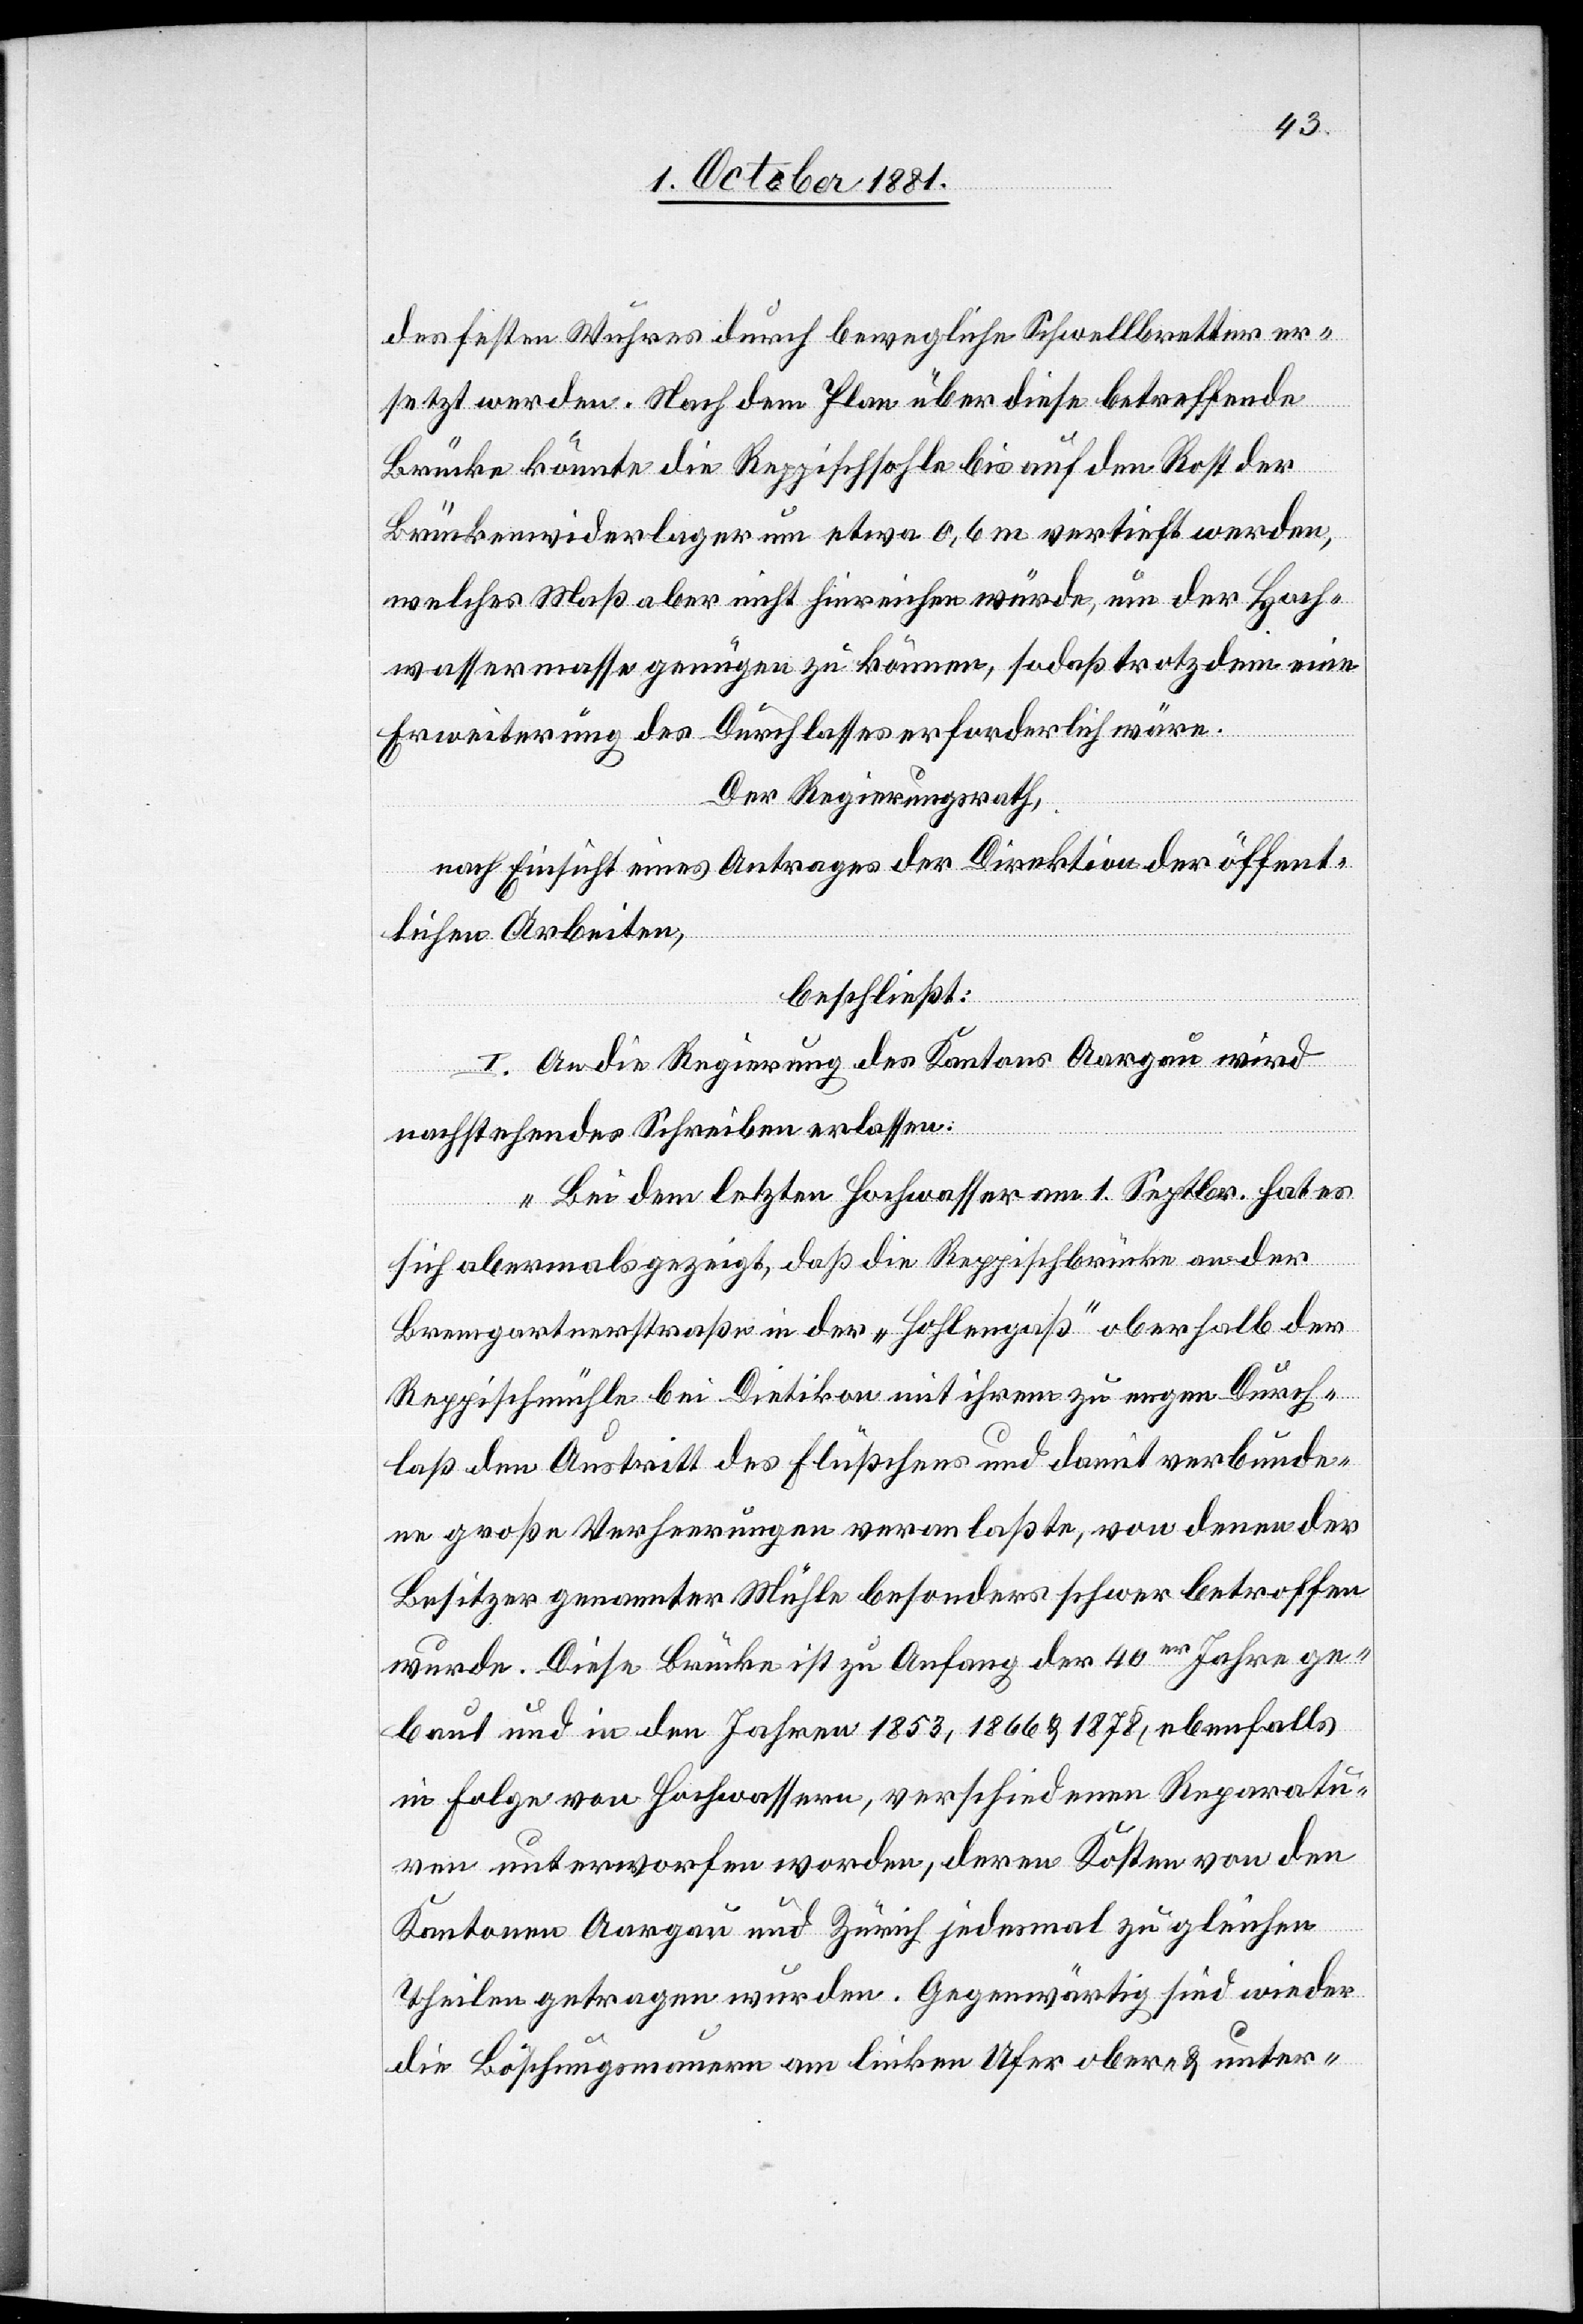
des festen Wuhres durch bewegliche Schwellbretter er¬
setzt werden. Nach dem Plan über diese betreffende
Brücke könnte die Reppischsohle bis auf den Rost der
Brückenwiderlager um etwa 0,6 m vertieft werden,
welches Maß aber nicht hinreichen würde, um der Hoch¬
wassermasse genügen zu können, sodaß trotzdem eine
Erweiterung des Durchlasses erforderlich wäre.
Der Regierungsrath,
nach Einsicht eines Antrages der Direktion der öffent¬
lichen Arbeiten,
beschließt:
I. An die Regierung des Kantons Aargau wird
nachstehendes Schreiben erlassen:
„Bei dem letzten Hochwasser am 1. Septbr. hat es
sich abermals gezeigt, daß die Reppischbrücke an der
Bremgartnerstraße in der „Hohlengaß“ oberhalb der
Reppischmühle bei Dietikon mit ihrem zu engen Durch¬
laß den Austritt des Flüßchens und damit verbunde¬
ne große Verheerungen veranlaßte, von denen der
Besitzer genannter Mühle besonders schwer betroffen
wurde. Diese Brücke ist zu Anfang der 40er Jahre ge¬
baut und in den Jahren 1853, 1866 & 1878, ebenfalls
in Folge von Hochwassern, verschiedenen Reparatu¬
ren unterworfen worden, deren Kosten von den
Kantonen Aargau und Zürich jedesmal zu gleichen
Theilen getragen wurden. Gegenwärtig sind wieder
die Böschungsmauern am linken Ufer ober- & unter-